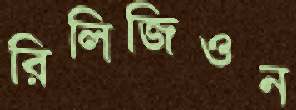
রিলিজিওন